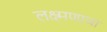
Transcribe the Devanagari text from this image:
लक्ष्मणाचा